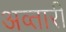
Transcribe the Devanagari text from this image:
अव्तारी